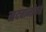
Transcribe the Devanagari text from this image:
सदचार्नाकडे